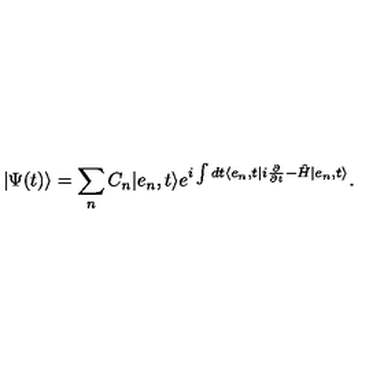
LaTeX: \vert \Psi ( t ) \rangle = \sum _ { n } C _ { n } \vert e _ { n } , t \rangle e ^ { i \int d t \langle e _ { n } , t \vert i \frac { \partial } { \partial t } - \hat { H } \vert e _ { n } , t \rangle } .